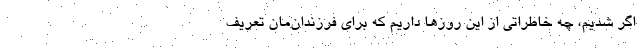
اگر شدیم، چه خاطراتی از این روزها داریم که برای فرزندان‌مان تعریف